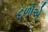
દળોએ